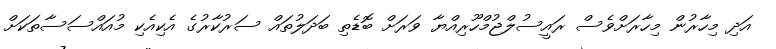
އަދި މިހާރުން މިހާރަށްވެސް ރައީސުލްޖުމްހޫރިއްޔާ ވަރަށް ބޮޑެތި ބަދަލުތައް ސަރުކާރުގެ އެކިއެކި މުއައްސަސާތަކަށް